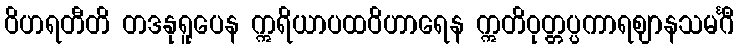
ဝိဟရတီတိ တဒနုရူပေန ဣရိယာပထဝိဟာရေန ဣတိဝုတ္တပ္ပကာရဈာနသမင်္ဂီ